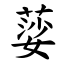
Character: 䓾